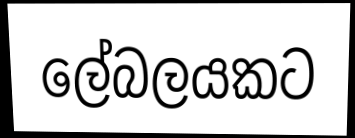
ලේබලයකට